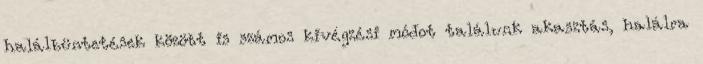
halálbüntetések között is számos kivégzési módot találunk akasztás, halálra